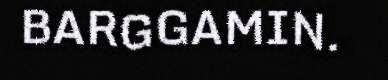
BARGGAMIN.